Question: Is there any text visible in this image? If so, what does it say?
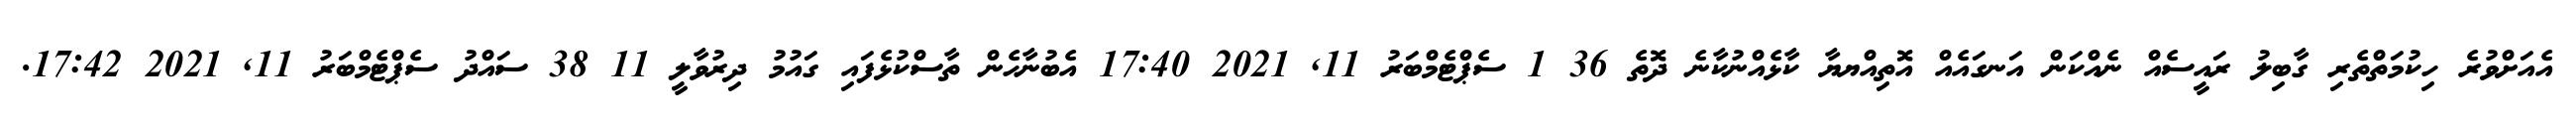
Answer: އެއަށްވުރެ ހިކުމަތްތެރި ގާބިލު ރައީސެއް ނެއްކަން އަނގައެއް އޮތިއްޔޔާ ކާޅެއްނުކާނެ ދޮތެ 36 1 ސެޕްޓެމްބަރު 11, 2021 17:40 އެބުނާހެން ތާސްކުޅެފައި ގައުމު ދިރުވާލީ 11 38 ސައްދު ސެޕްޓެމްބަރު 11, 2021 17:42.